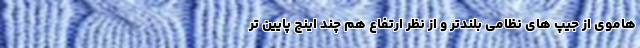
هاموی از جیپ های نظامی بلندتر و از نظر ارتفاع هم چند اینچ پایین تر